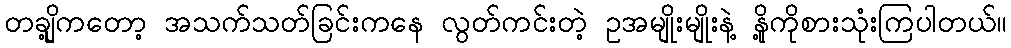
တချို့ကတော့ အသက်သတ်ခြင်းကနေ လွတ်ကင်းတဲ့ ဥအမျိုးမျိုးနဲ့ နို့ကိုစားသုံးကြပါတယ်။